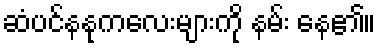
ဆံပင်နနုကလေးများကို နမ်း နေ၏။